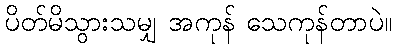
ပိတ်မိသွားသမျှ အကုန် သေကုန်တာပဲ။